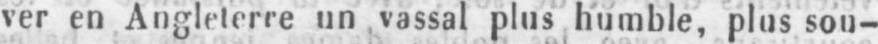
ver en Angleterre un vassal plus humble, plus sou-